Veterinary regulations India, 1939 -
Year: 1939
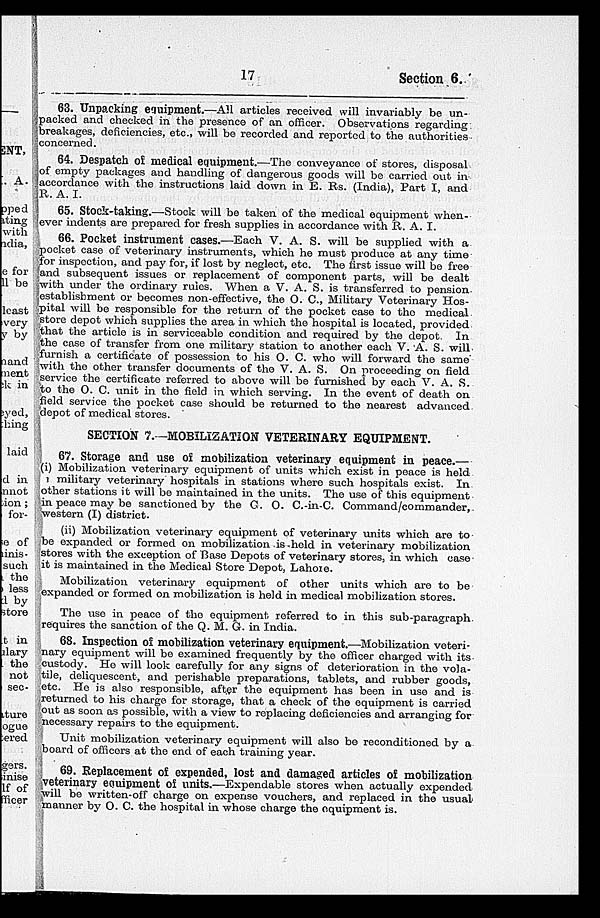
17
Section 6.
63. Unpacking equipment.—All articles received will invariably be un-
packed and checked in the presence of an officer. Observations regarding
breakages, deficiencies, etc., will be recorded and reported to the authorities
concerned.
64. Despatch of medical equipment.—The conveyance of stores, disposal
of empty packages and handling of dangerous goods will be carried out in
accordance with the instructions laid down in E. Rs. (India), Part I, and
R. A. I.
65. Stock-taking.—Stock will be taken of the medical equipment when-
ever indents are prepared for fresh supplies in accordance with R. A. I.
66. Pocket instrument cases.—Each V. A. S. will be supplied with a
pocket case of veterinary instruments, which he must produce at any time
for inspection, and pay for, if lost by neglect, etc. The first issue will be free
and subsequent issues or replacement of component parts, will be dealt
with under the ordinary rules. When a V. A. S. is transferred to pension
establishment or becomes non-effective, the O. C., Military Veterinary Hos-
pital will be responsible for the return of the pocket case to the medical
store depot which supplies the area in which the hospital is located, provided
that the article is in serviceable condition and required by the depot. In
the case of transfer from one military station to another each V. A. S. will
furnish a certificate of possession to his O. C. who will forward the same
with the other transfer documents of the V. A. S. On proceeding on field
service the certificate referred to above will be furnished by each V. A. S.
to the O. C. unit in the field in which serving. In the event of death on
field service the pocket case should be returned to the nearest advanced
depot of medical stores.
SECTION 7.—MOBILIZATION VETERINARY EQUIPMENT.
67. Storage and use of mobilization veterinary equipment in peace.—
(i) Mobilization veterinary equipment of units which exist in peace is held
military veterinary hospitals in stations where such hospitals exist. In
other stations it will be maintained in the units. The use of this equipment
in peace may be sanctioned by the G. O. C.-in-C. Command/commander,
western (I) district.
(ii) Mobilization veterinary equipment of veterinary units which are to
be expanded or formed on mobilization is held in veterinary mobilization
stores with the exception of Base Depots of veterinary stores, in which case
it is maintained in the Medical Store Depot, Lahore.
Mobilization veterinary equipment of other units which are to be
expanded or formed on mobilization is held in medical mobilization stores.
The use in peace of the equipment referred to in this sub-paragraph
requires the sanction of the Q. M. G. in India.
68. Inspection of mobilization veterinary equipment.—Mobilization veteri-
nary equipment will be examined frequently by the officer charged with its
custody. He will look carefully for any signs of deterioration in the vola-
tile, deliquescent, and perishable preparations, tablets, and rubber goods,
etc. He is also responsible, after the equipment has been in use and is
returned to his charge for storage, that a check of the equipment is carried
out as soon as possible, with a view to replacing deficiencies and arranging for
necessary repairs to the equipment.
Unit mobilization veterinary equipment will also be reconditioned by a
board of officers at the end of each training year.
69. Replacement of expended, lost and damaged articles of mobilization
veterinary equipment of units.—Expendable stores when actually expended
will be written-off charge on expense vouchers, and replaced in the usual
manner by O. C. the hospital in whose charge the equipment is.